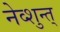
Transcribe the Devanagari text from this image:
नेव्शुन्त्